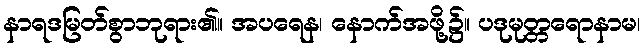
နာရဒမြတ်စွာဘုရား၏။ အပရေန၊ နောက်အဖို့၌။ ပဒုမုတ္တရောနာမ၊